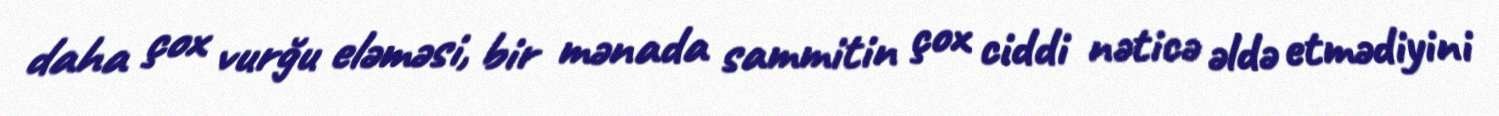
daha çox vurğu eləməsi, bir mənada sammitin çox ciddi nəticə əldə etmədiyini